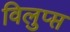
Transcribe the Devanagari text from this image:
विलुप्प्त